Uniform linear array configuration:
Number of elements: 64
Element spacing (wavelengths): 0.75
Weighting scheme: blackman
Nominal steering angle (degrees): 0
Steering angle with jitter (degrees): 0.08255
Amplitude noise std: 0.05
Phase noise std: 0.05

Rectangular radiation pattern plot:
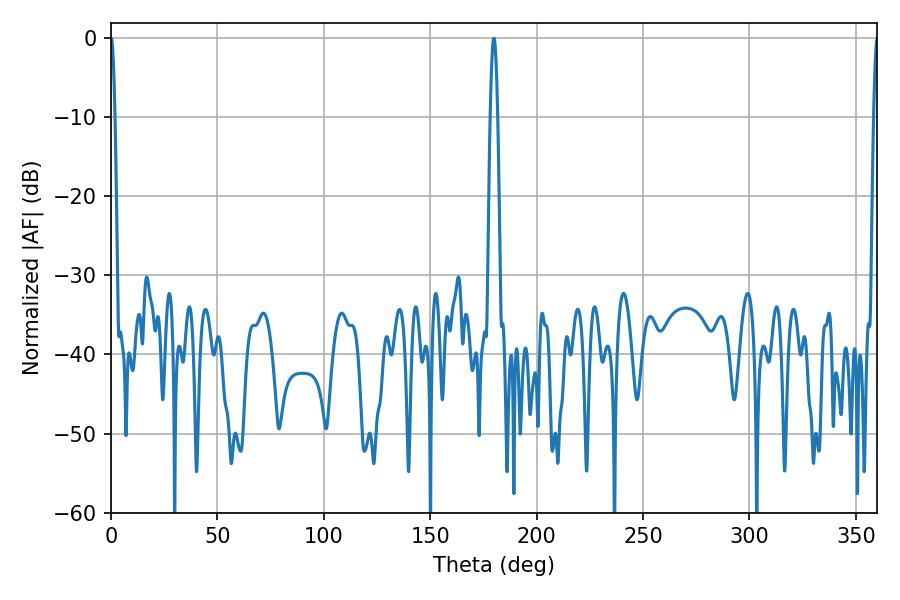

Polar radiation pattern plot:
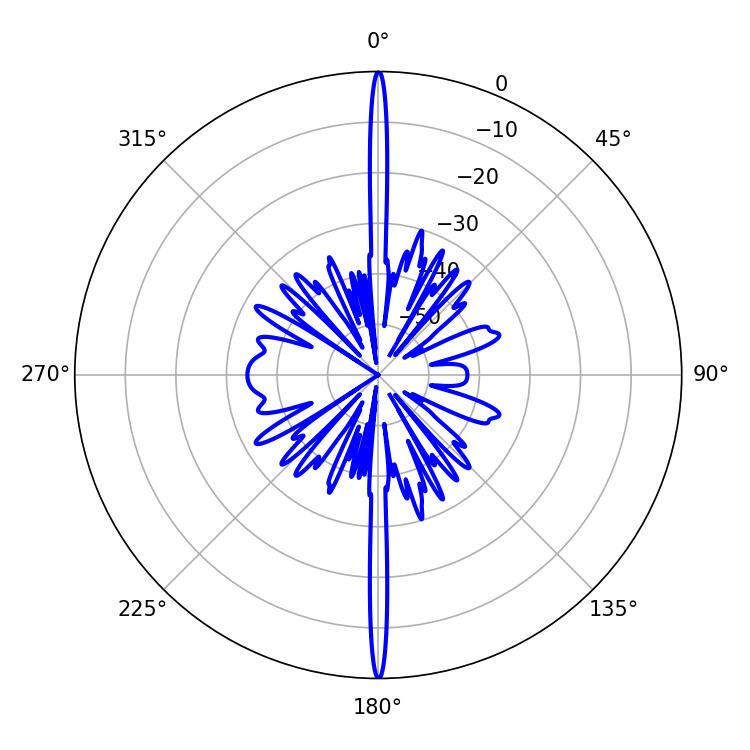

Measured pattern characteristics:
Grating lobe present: TRUE
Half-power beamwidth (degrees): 1.98
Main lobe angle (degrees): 180